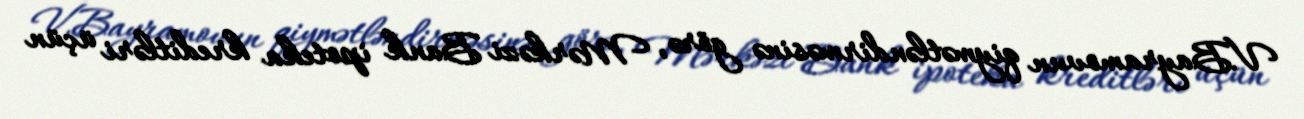
V.Bayramovun qiymətləndirməsinə görə, Mərkəzi Bank ipoteka kreditləri üçün